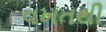
વખતથી